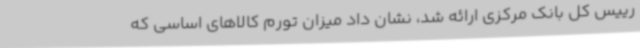
رییس کل بانک مرکزی ارائه شد، نشان داد میزان تورم کالاهای اساسی که